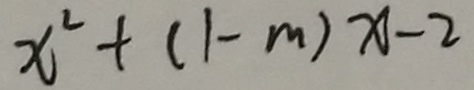
x ^ { 2 } + ( 1 - m ) x - 2